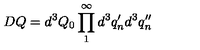
D Q = d ^ { 3 } Q _ { 0 } \prod _ { 1 } ^ { \infty } d ^ { 3 } q _ { n } ^ { \prime } d ^ { 3 } q _ { n } ^ { \prime \prime }